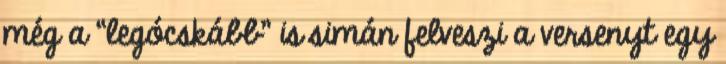
még a “legócskább” is simán felveszi a versenyt egy